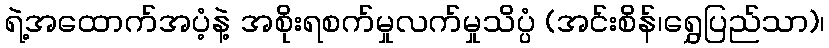
ရဲ့အထောက်အပံ့နဲ့ အစိုးရစက်မှုလက်မှုသိပ္ပံ (အင်းစိန်၊ရွှေပြည်သာ)၊